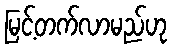
မြင့်တက်လာမည်ဟု